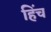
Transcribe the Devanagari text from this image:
हिंच